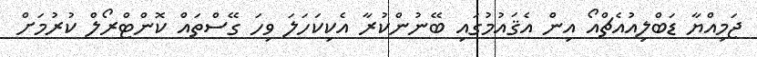
ޖަމިއްޔާ ޑަބްލިއުއެޗްއޯ އިން އެޤައުމުގައި ބޭނުންކުރާ އެކިކަހަލަ ވިހަ ގޭސްތައް ކޮންޓްރޯލް ކުރުމަށް